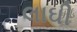
લાઘી